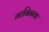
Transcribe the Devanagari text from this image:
माबिनक